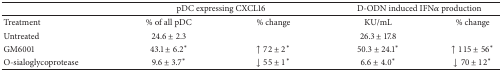
|  | <COLSPAN=2> pDC expressing CXCL16 | <COLSPAN=2> D-ODN induced IFNα production |
 | --- | --- | --- | --- | --- |
 | Treatment | % of all pDC | % change | KU/mL | % change |
 | Untreated | 24.6 ± 2.3 |  | 26.3 ± 17.8 |  |
 | GM6001 | 43.1 ± 6.2* | ↑72 ± 2* | 50.3 ± 24.1* | ↑115 ± 56* |
 | O-sialoglycoprotease | 9.6 ± 3.7* | ↓55 ± 1* | 6.6 ± 4.0* | ↓70 ± 12* |